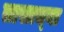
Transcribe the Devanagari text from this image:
तासाच्‍या